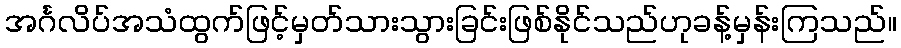
အင်္ဂလိပ်အသံထွက်ဖြင့်မှတ်သားသွားခြင်းဖြစ်နိုင်သည်ဟုခန့်မှန်းကြသည်။